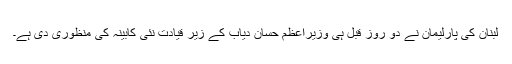
لبنان کی پارلیمان نے دو روز قبل ہی وزیراعظم حسان دیاب کے زیر قیادت نئی کابینہ کی منظوری دی ہے۔